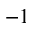
^ { - 1 }